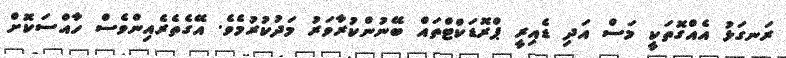
ރަނގަޅު އެއްގޮތަކީ މަސް އަދި ޑެއިރީ ޕްރޮޑަކްޓްތައް ބޭނުންކުރާވަރު މަދުކުރުމެވެ. އޭގެތެރެއިންވެސް ހާއްސަކޮށް